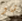
شاو